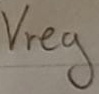
Text: Vreg